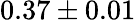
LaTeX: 0.37\pm 0.01